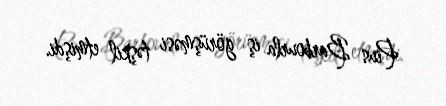
Pius Barbourla iş görüşməsi təşkil etmişdi.